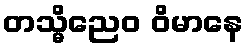
တသ္မိညေဝ ဝိမာနေ